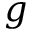
g